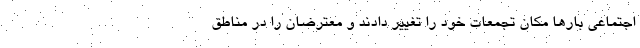
اجتماعی بارها مکان تجمعات خود را تغییر دادند و معترضان را در مناطق